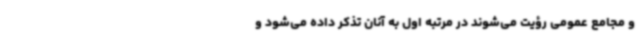
و مجامع عمومی رؤیت می‌شوند در مرتبه اول به آنان تذکر داده می‌شود و